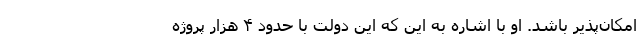
امکان‌پذیر باشد. او با اشاره به این که این دولت با حدود ۴ هزار پروژه